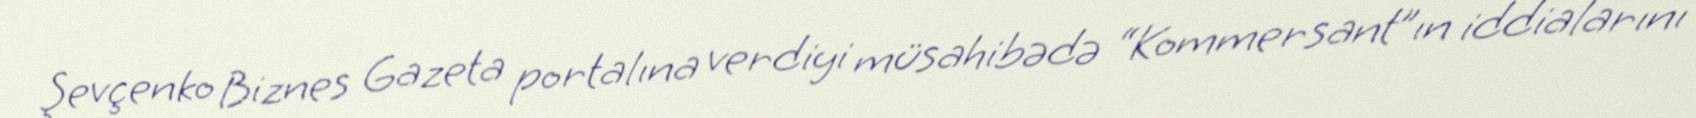
Şevçenko Biznes Gazeta portalına verdiyi müsahibədə “Kommersant”ın iddialarını